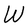
Character: W